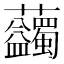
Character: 𧆇